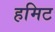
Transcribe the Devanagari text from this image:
हमिट